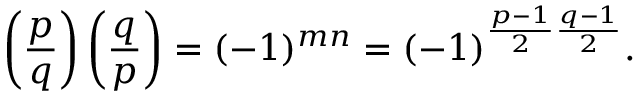
\left( { \frac { p } { q } } \right) \left( { \frac { q } { p } } \right) = ( - 1 ) ^ { m n } = ( - 1 ) ^ { { \frac { p - 1 } { 2 } } { \frac { q - 1 } { 2 } } } .